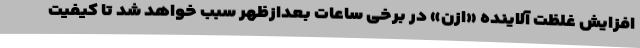
افزایش غلظت آلاینده «ازن» در برخی ساعات بعدازظهر سبب خواهد شد تا کیفیت